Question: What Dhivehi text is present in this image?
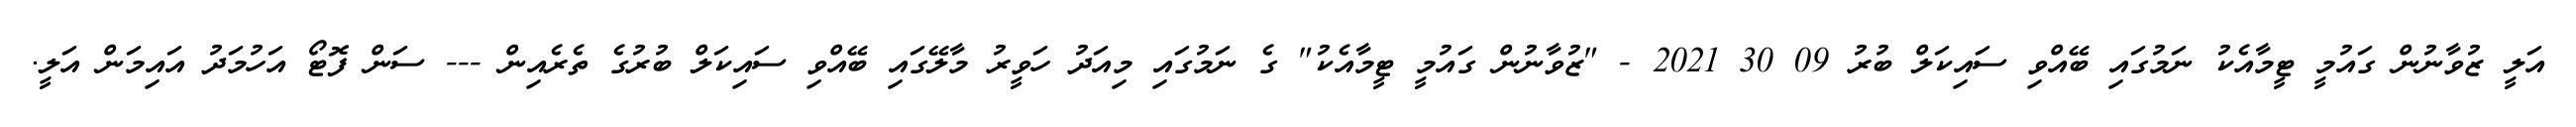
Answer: އަލީ ޒުވާނުން ގައުމީ ޓީމާއެކު ނަމުގައި ބޭއްވި ސައިކަލް ބުރު 09 30 2021 - "ޒުވާނުން ގައުމީ ޓީމާއެކު" ގެ ނަމުގައި މިއަދު ހަވީރު މާލޭގައި ބޭއްވި ސައިކަލް ބުރުގެ ތެރެއިން --- ސަން ފޮޓޯ އަހުމަދު އައިމަން އަލީ.